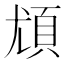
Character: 𩑣